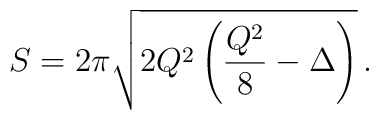
S = 2\pi\sqrt{2Q^2\left(\frac{Q^2}{8} - \Delta\right)}\,.